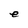
Character: e